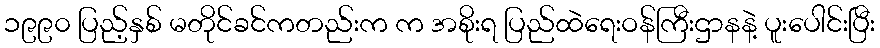
၁၉၉၀ ပြည့်နှစ် မတိုင်ခင်ကတည်းက က အစိုးရ ပြည်ထဲရေးဝန်ကြီးဌာနနဲ့ ပူးပေါင်းပြီး